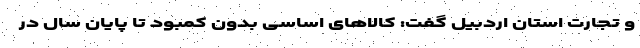
و تجارت استان اردبیل گفت:‌ کالاهای اساسی بدون کمبود تا پایان سال در